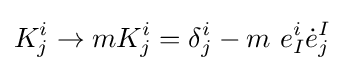
K_{j}^{i}\to mK_{j}^{i}=\delta _{j}^{i}-m~e_{I}^{i}{\dot {e}}_{j}^{I}